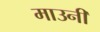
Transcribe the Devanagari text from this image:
माउनी